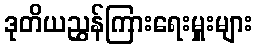
ဒုတိယညွှန်ကြားရေးမှူးများ